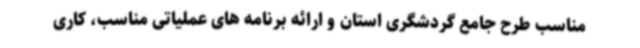
مناسب طرح جامع گردشگری استان و ارائه برنامه های عملیاتی مناسب، کاری